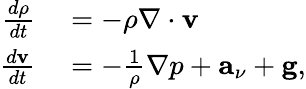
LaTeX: \begin{array}{rl}{\frac{d\rho}{dt}}&{{}=-\rho\nabla\cdot\textbf{v}}\\ {\frac{d\textbf{v}}{dt}}&{{}=-\frac{1}{\rho}\nabla p+\textbf{a}_{\nu}+\textbf{g},}\end{array}